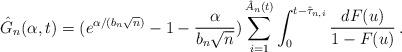
LaTeX: \begin{align*} \hat G_n(\alpha,t)=(e^{\alpha/(b_n\sqrt{n})}-1-\frac{\alpha}{b_n\sqrt{n}})\sum_{i=1}^{{{\hat A}_n}(t)}\int_0^{t-\hat\tau_{n,i}}\frac{dF(u)}{1-F(u)}\,.\end{align*}